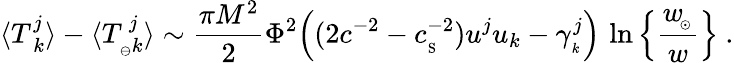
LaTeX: \langle{T_{\ k}^{j}}\rangle-\langle T_{_{\ominus}k}^{\, j}\rangle\sim{\frac{\pi M^{2}}{2}}\Phi^{2}\Big((2c^{-2}-c_{_\mathrm{S}}^{-2})u^{j}u_{k}-\gamma_{_k}^{j}\Big)\, \ln\Big\{ {\frac{w_{\! _{\odot}}}{w}}\Big\} \ .